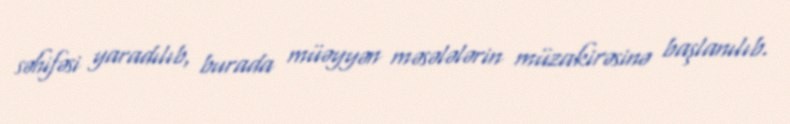
səhifəsi yaradılıb, burada müəyyən məsələlərin müzakirəsinə başlanılıb.